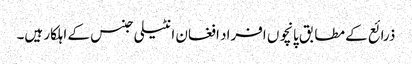
ذرائع کے مطابق پانچوں افراد افغان انٹیلی جنس کے اہلکار ہیں۔